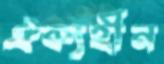
ঐক্যহীন